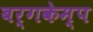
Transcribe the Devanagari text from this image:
बर्गकेम्प